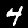
Label: 4